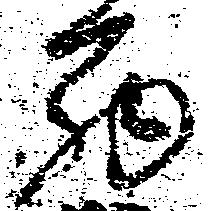
西